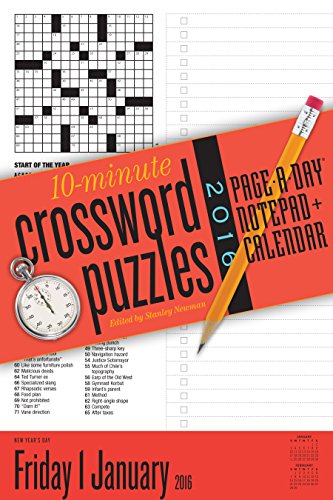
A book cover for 10-Minute Crossword Puzzles Page-A-Day Notepad + Calendar 2016; Stanley Newman; Calendars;